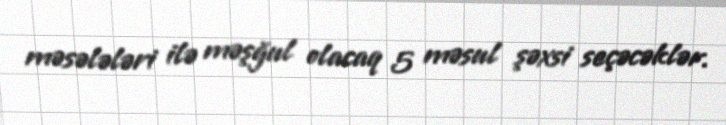
məsələləri ilə məşğul olacaq 5 məsul şəxsi seçəcəklər.